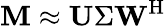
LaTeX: \mathbf{M}\approx\mathbf{U}\Sigma\mathbf{W}^{\mathrm{H}}